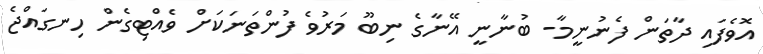
އޮވެފައި ދާތަން ފެނުނީމާ- ބުނާނީ އޭނާގެ ނިބޫ މަރުވެ ފުންތަނަކަށް ވެއްޓިގެން ހިނގައްޖެ